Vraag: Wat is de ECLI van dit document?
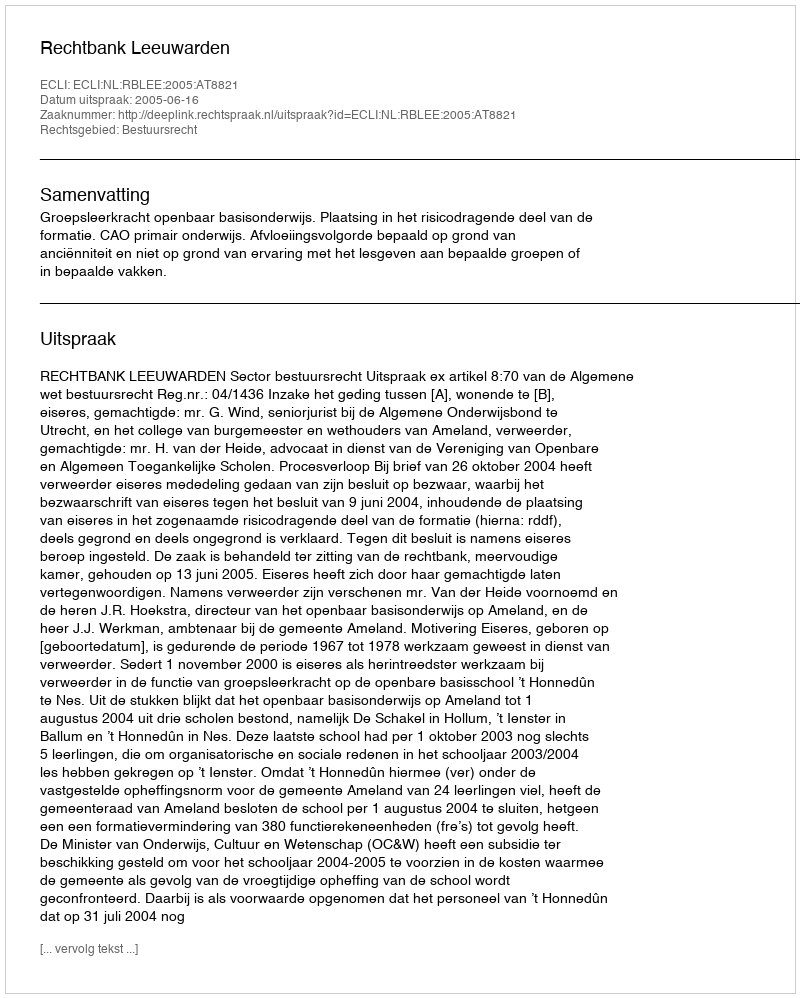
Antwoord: ECLI:NL:RBLEE:2005:AT8821